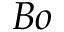
B o